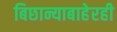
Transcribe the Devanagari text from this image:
बिछान्याबाहेरही